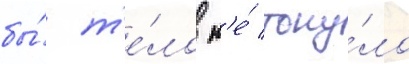
бы́ т'е́ло н'е́ тону́ло